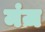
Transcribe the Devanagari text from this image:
मंज़